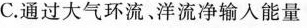
C.通过大气环流。洋流净输入能量